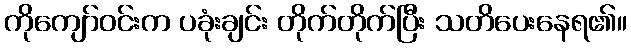
ကိုကျော်ဝင်းက ပခုံးချင်း တိုက်တိုက်ပြီး သတိပေးနေရ၏။